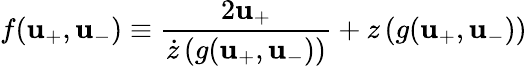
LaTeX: f(\mathbf{u}_{+},\mathbf{u}_{-})\equiv\frac{{2\mathbf{u}_{+}}}{{\dot{{z}}\left(g(\mathbf{u}_{+},\mathbf{u}_{-})\right)}}+z\left(g(\mathbf{u}_{+},\mathbf{u}_{-})\right)